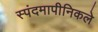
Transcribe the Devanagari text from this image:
स्पंदमापीनिकले